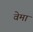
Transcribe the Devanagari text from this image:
वेमा